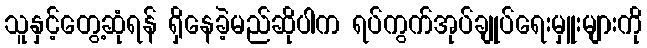
သူနှင့်တွေ့ဆုံရန် ရှိနေခဲ့မည်ဆိုပါက ရပ်ကွက်အုပ်ချုပ်ရေးမှူးများကို